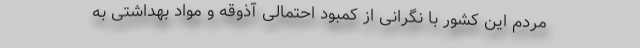
مردم این کشور با نگرانی از کمبود احتمالی آذوقه و مواد بهداشتی به